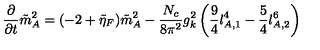
\frac { \partial } { \partial t } \tilde { m } _ { A } ^ { 2 } = ( - 2 + \tilde { \eta } _ { F } ) \tilde { m } _ { A } ^ { 2 } - \frac { N _ { c } } { 8 \pi ^ { 2 } } g _ { k } ^ { 2 } \left( \frac { 9 } { 4 } l _ { A , 1 } ^ { 4 } - \frac { 5 } { 4 } l _ { A , 2 } ^ { 6 } \right)